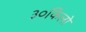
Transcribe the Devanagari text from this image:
३०किलो